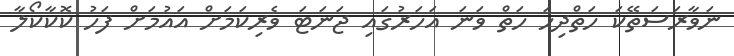
ނަވާރަސަތޭކަ ހަތްދިހަ ހަތް ވަނަ އަހަރުގައި ޖަނަޓަ ވެރިކަމަށް އައުމަށް ފަހު ކޮކާކޯލާ